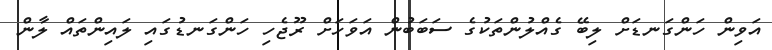
އަވިން ހަންގަނޑަށް ލިބޭ ގެއްލުންތަކުގެ ސަބަބުން އަވަހަށް ރޫޖެހި ހަންގަނޑުގައި ލައިންތައް ލާން